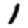
Digit: 1